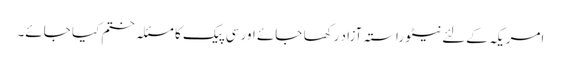
امریکہ کےلئے نیٹو راستہ آزاد رکھا جائے اور سی پیک کا مسئلہ ختم کیا جائے۔